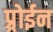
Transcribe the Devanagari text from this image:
प्र्रोईन